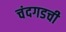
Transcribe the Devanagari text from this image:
चंदगडची